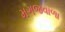
મગજવાળા